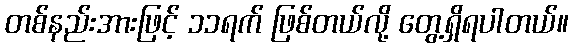
တစ်နည်းအားဖြင့် ၁၁ရက် ဖြစ်တယ်လို့ တွေ့ရှိရပါတယ်။